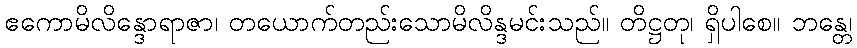
ဧကောမိလိန္ဒောရာဇာ၊ တယောက်တည်းသောမိလိန္ဒမင်းသည်။ တိဋ္ဌတု၊ ရှိပါစေ။ ဘန္တေ၊